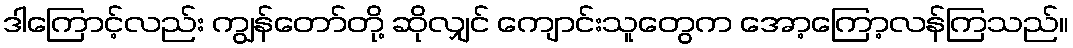
ဒါကြောင့်လည်း ကျွန်တော်တို့ ဆိုလျှင် ကျောင်းသူတွေက အော့ကြော့လန်ကြသည်။